Indian journal of veterinary science and animal husbandry - Volume 10,
Year: 1940
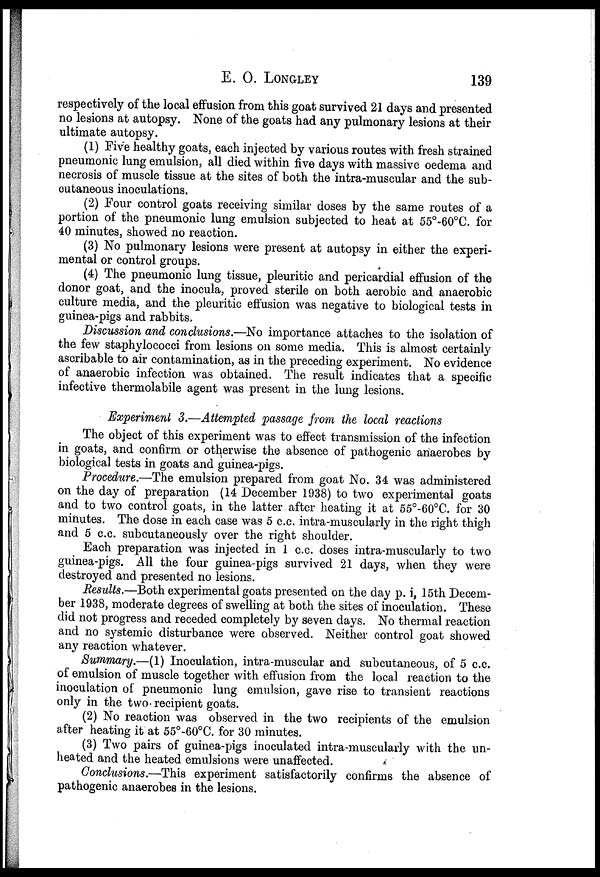
E. O. LONGLEY 139
respectively of the local effusion from this goat survived 21 days and presented
no lesions at autopsy. None of the goats had any pulmonary lesions at their
ultimate autopsy.
(1) Five healthy goats, each injected by various routes with fresh strained
pneumonic lung emulsion, all died within five days with massive oedema and
necrosis of muscle tissue at the sites of both the intra-muscular and the sub¬
cutaneous inoculations.
(2) Four control goats receiving similar doses by the same routes of a
portion of the pneumonic lung emulsion subjected to heat at 55°-60°C. for
40 minutes, showed no reaction.
(3) No pulmonary lesions were present at autopsy in either the experi-
mental or control groups.
(4) The pneumonic lung tissue, pleuritic and pericardial effusion of the
donor goat, and the inocula, proved sterile on both aerobic and anaerobic
culture media, and the pleuritic effusion was negative to biological tests in
guinea-pigs and rabbits.
Discussion and conclusions.—No importance attaches to the isolation of
the few staphylococci from lesions on some media. This is almost certainly
ascribable to air contamination, as in the preceding experiment. No evidence
of anaerobic infection was obtained. The result indicates that a specific
infective thermolabile agent was present in the lung lesions.
Experiment 3.—Attempted passage from the local reactions
The object of this experiment was to effect transmission of the infection
in goats, and confirm or otherwise the absence of pathogenic anaerobes by
biological tests in goats and guinea-pigs.
Procedure.—The emulsion prepared from goat No. 34 was administered
on the day of preparation (14 December 1938) to two experimental goats
and to two control goats, in the latter after heating it at 55°-60°C. for 30
minutes. The dose in each case was 5 c.c. intra-muscularly in the right thigh
and 5 c.c. subcutaneously over the right shoulder.
Each preparation was injected in 1 c.c. doses intra-muscularly to two
guinea-pigs. All the four guinea-pigs survived 21 days, when they were
destroyed and presented no lesions.
Results.—Both experimental goats presented on the day p. i, 15th Decem-
ber 1938, moderate degrees of swelling at both the sites of inoculation. These
did not progress and receded completely by seven days. No thermal reaction
and no systemic disturbance were observed. Neither control goat showed
any reaction whatever.
Summary.—(1) Inoculation, intra-muscular and subcutaneous, of 5 c.c.
of emulsion of muscle together with effusion from the local reaction to the
inoculation of pneumonic lung emulsion, gave rise to transient reactions
only in the two recipient goats.
(2) No reaction was observed in the two recipients of the emulsion
after heating it at 55°-60°C. for 30 minutes.
(3) Two pairs of guinea-pigs inoculated intra-muscularly with the un¬
heated and the heated emulsions were unaffected.
Conclusions.—This experiment satisfactorily confirms the absence of
pathogenic anaerobes in the lesions.